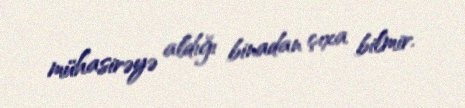
mühasirəyə aldığı binadan çıxa bilmir.